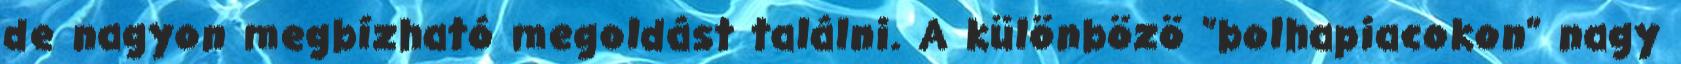
de nagyon megbízható megoldást találni. A különbözö "bolhapiacokon" nagy